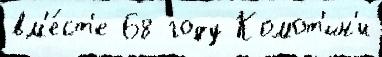
вм'е́ст'е 68 году Комот'ин'и